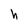
Character: h